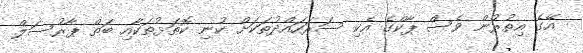
އޭގެ އިތުރުން ވެސް ޕާކްގެ އެކި ސަރަހައްދުތަކަށް ކުނި ކޮތަޅުތަކާއި ބަތް ޕާރުސަލް